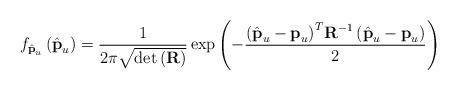
LaTeX: \begin{align*} {f_{\hat{ \textbf{p}}_u}}\left(\hat{ \textbf{p}}_u \right) = \frac{1}{{2\pi \sqrt {\det \left( {\textbf{R}} \right)} }}\exp \left( { - \frac{{{{\left( {\hat{ \textbf{p}}_u - {\textbf{p}}_u} \right)}^T}{{\textbf{R}}^{ - 1}}\left( {\hat{ \textbf{p}}_u - {\textbf{p}}_u} \right)}}{2}} \right)\end{align*}